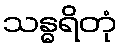
သန္ဓရိတုံ